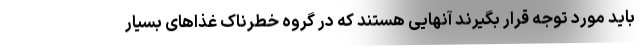
باید مورد توجه قرار بگیرند آنهایی هستند که در گروه خطرناک غذاهای بسیار